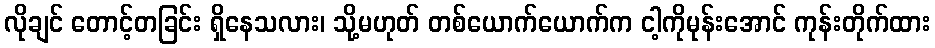
လိုချင် တောင့်တခြင်း ရှိနေသလား၊ သို့မဟုတ် တစ်ယောက်ယောက်က ငါ့ကိုမုန်းအောင် ကုန်းတိုက်ထား